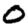
Digit: 0